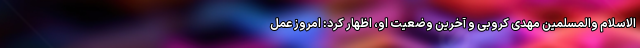
الاسلام والمسلمین مهدی کروبی و آخرین وضعیت او، اظهار کرد: امروز عمل